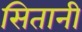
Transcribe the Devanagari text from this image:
सितानी